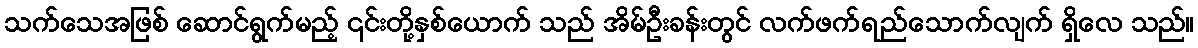
သက်သေအဖြစ် ဆောင်ရွက်မည့် ၎င်းတို့နှစ်ယောက် သည် အိမ်ဦးခန်းတွင် လက်ဖက်ရည်သောက်လျက် ရှိလေ သည်။